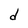
Character: d